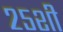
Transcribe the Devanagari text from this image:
२५शी